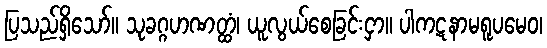
ပြသည်ရှိသော်။ သုခဂ္ဂဟဏတ္ထံ၊ ယူလွယ်စေခြင်းငှာ။ ပါကဋနာမရူပမေဝ၊